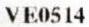
VE0514